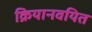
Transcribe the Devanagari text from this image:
क्रियानवयित